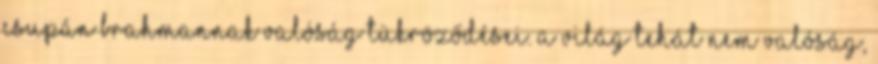
csupán Brahmannak valóság tükröződései. A világ tehát nem valóság,